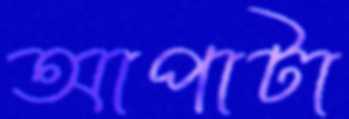
আপাটা